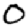
Digit: 0